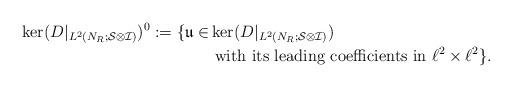
LaTeX: \begin{align*}\ker(D|_{L^2(N_R;\mathcal{S}\otimes\mathcal{I})})^0:=\{\mathfrak{u}\in&\ker(D|_{L^2(N_R;\mathcal{S}\otimes\mathcal{I})})\\&\mbox{ with its leading coefficients in }\ell^2\times\ell^2\}.\end{align*}